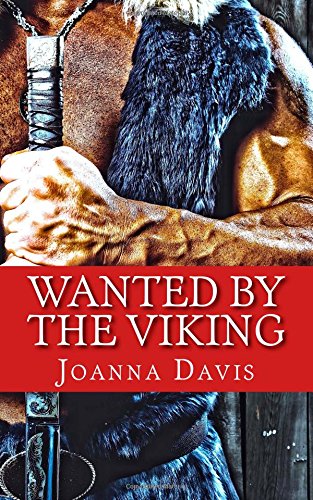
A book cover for Wanted By The Viking; Joanna Davis; Romance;